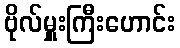
ဗိုလ်မှူးကြီးဟောင်း